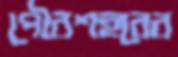
পৌরশহরের